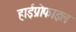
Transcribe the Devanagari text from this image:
हाईप्रोफाइल